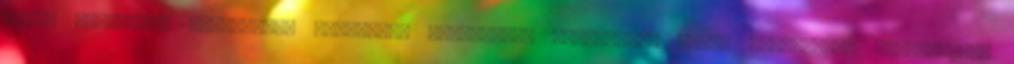
egyes fegyveres szervekkel hivatásos szolgálati viszonyban állók szolgálati viszonyáról